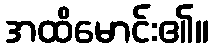
အထိမောင်း၏။